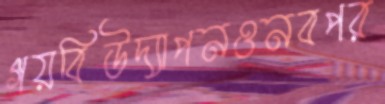
গয়বিউদ্যাপনওনবপর